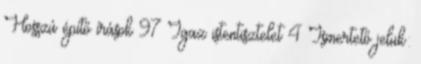
Hosszú építő írások 97 Igaz istentisztelet 4 Ismertető jelük: